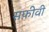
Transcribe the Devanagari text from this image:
सफ़ीवी